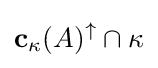
\mathbf {c} _{\kappa }(A)^{\uparrow }\cap \kappa